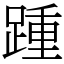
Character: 踵